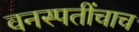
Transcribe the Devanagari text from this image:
वनस्पतींचाच